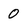
Character: 0